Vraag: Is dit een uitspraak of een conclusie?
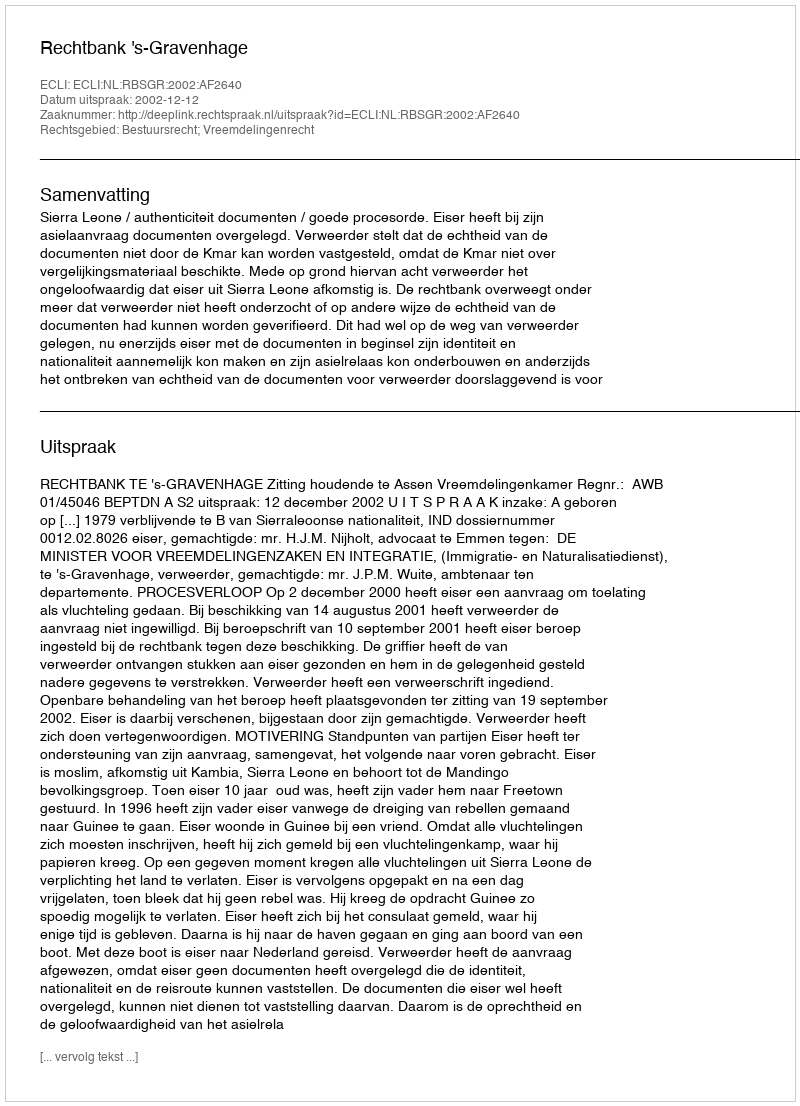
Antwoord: Uitspraak